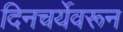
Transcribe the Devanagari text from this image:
दिनचर्येवरून